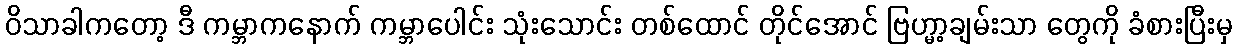
ဝိသာခါကတော့ ဒီ ကမ္ဘာကနောက် ကမ္ဘာပေါင်း သုံးသောင်း တစ်ထောင် တိုင်အောင် ဗြဟ္မာ့ချမ်းသာ တွေကို ခံစားပြီးမှ